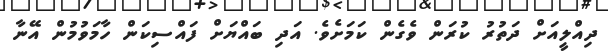
ދިއްލީއަށް ދަތުރު ކުރަން ވެގެން ކަމަށެވެ. އަދި ބައްޔަށް ފައްސިކަން ހާމަވުމުން އޭނާ